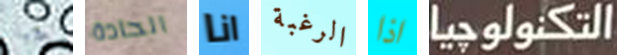
جبانا الحادة انا الرغبة اذا التكنولوجيا